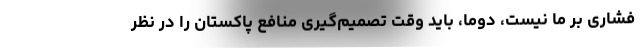
فشاری بر ما نیست، دوما، باید وقت تصمیم‌گیری منافع پاکستان را در نظر